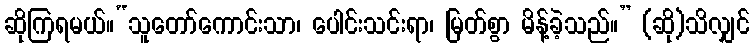
ဆိုကြရမယ်။“သူတော်ကောင်းသာ၊ ပေါင်းသင်းရာ၊ မြတ်စွာ မိန့်ခဲ့သည်။” (ဆို)သိလျှင်